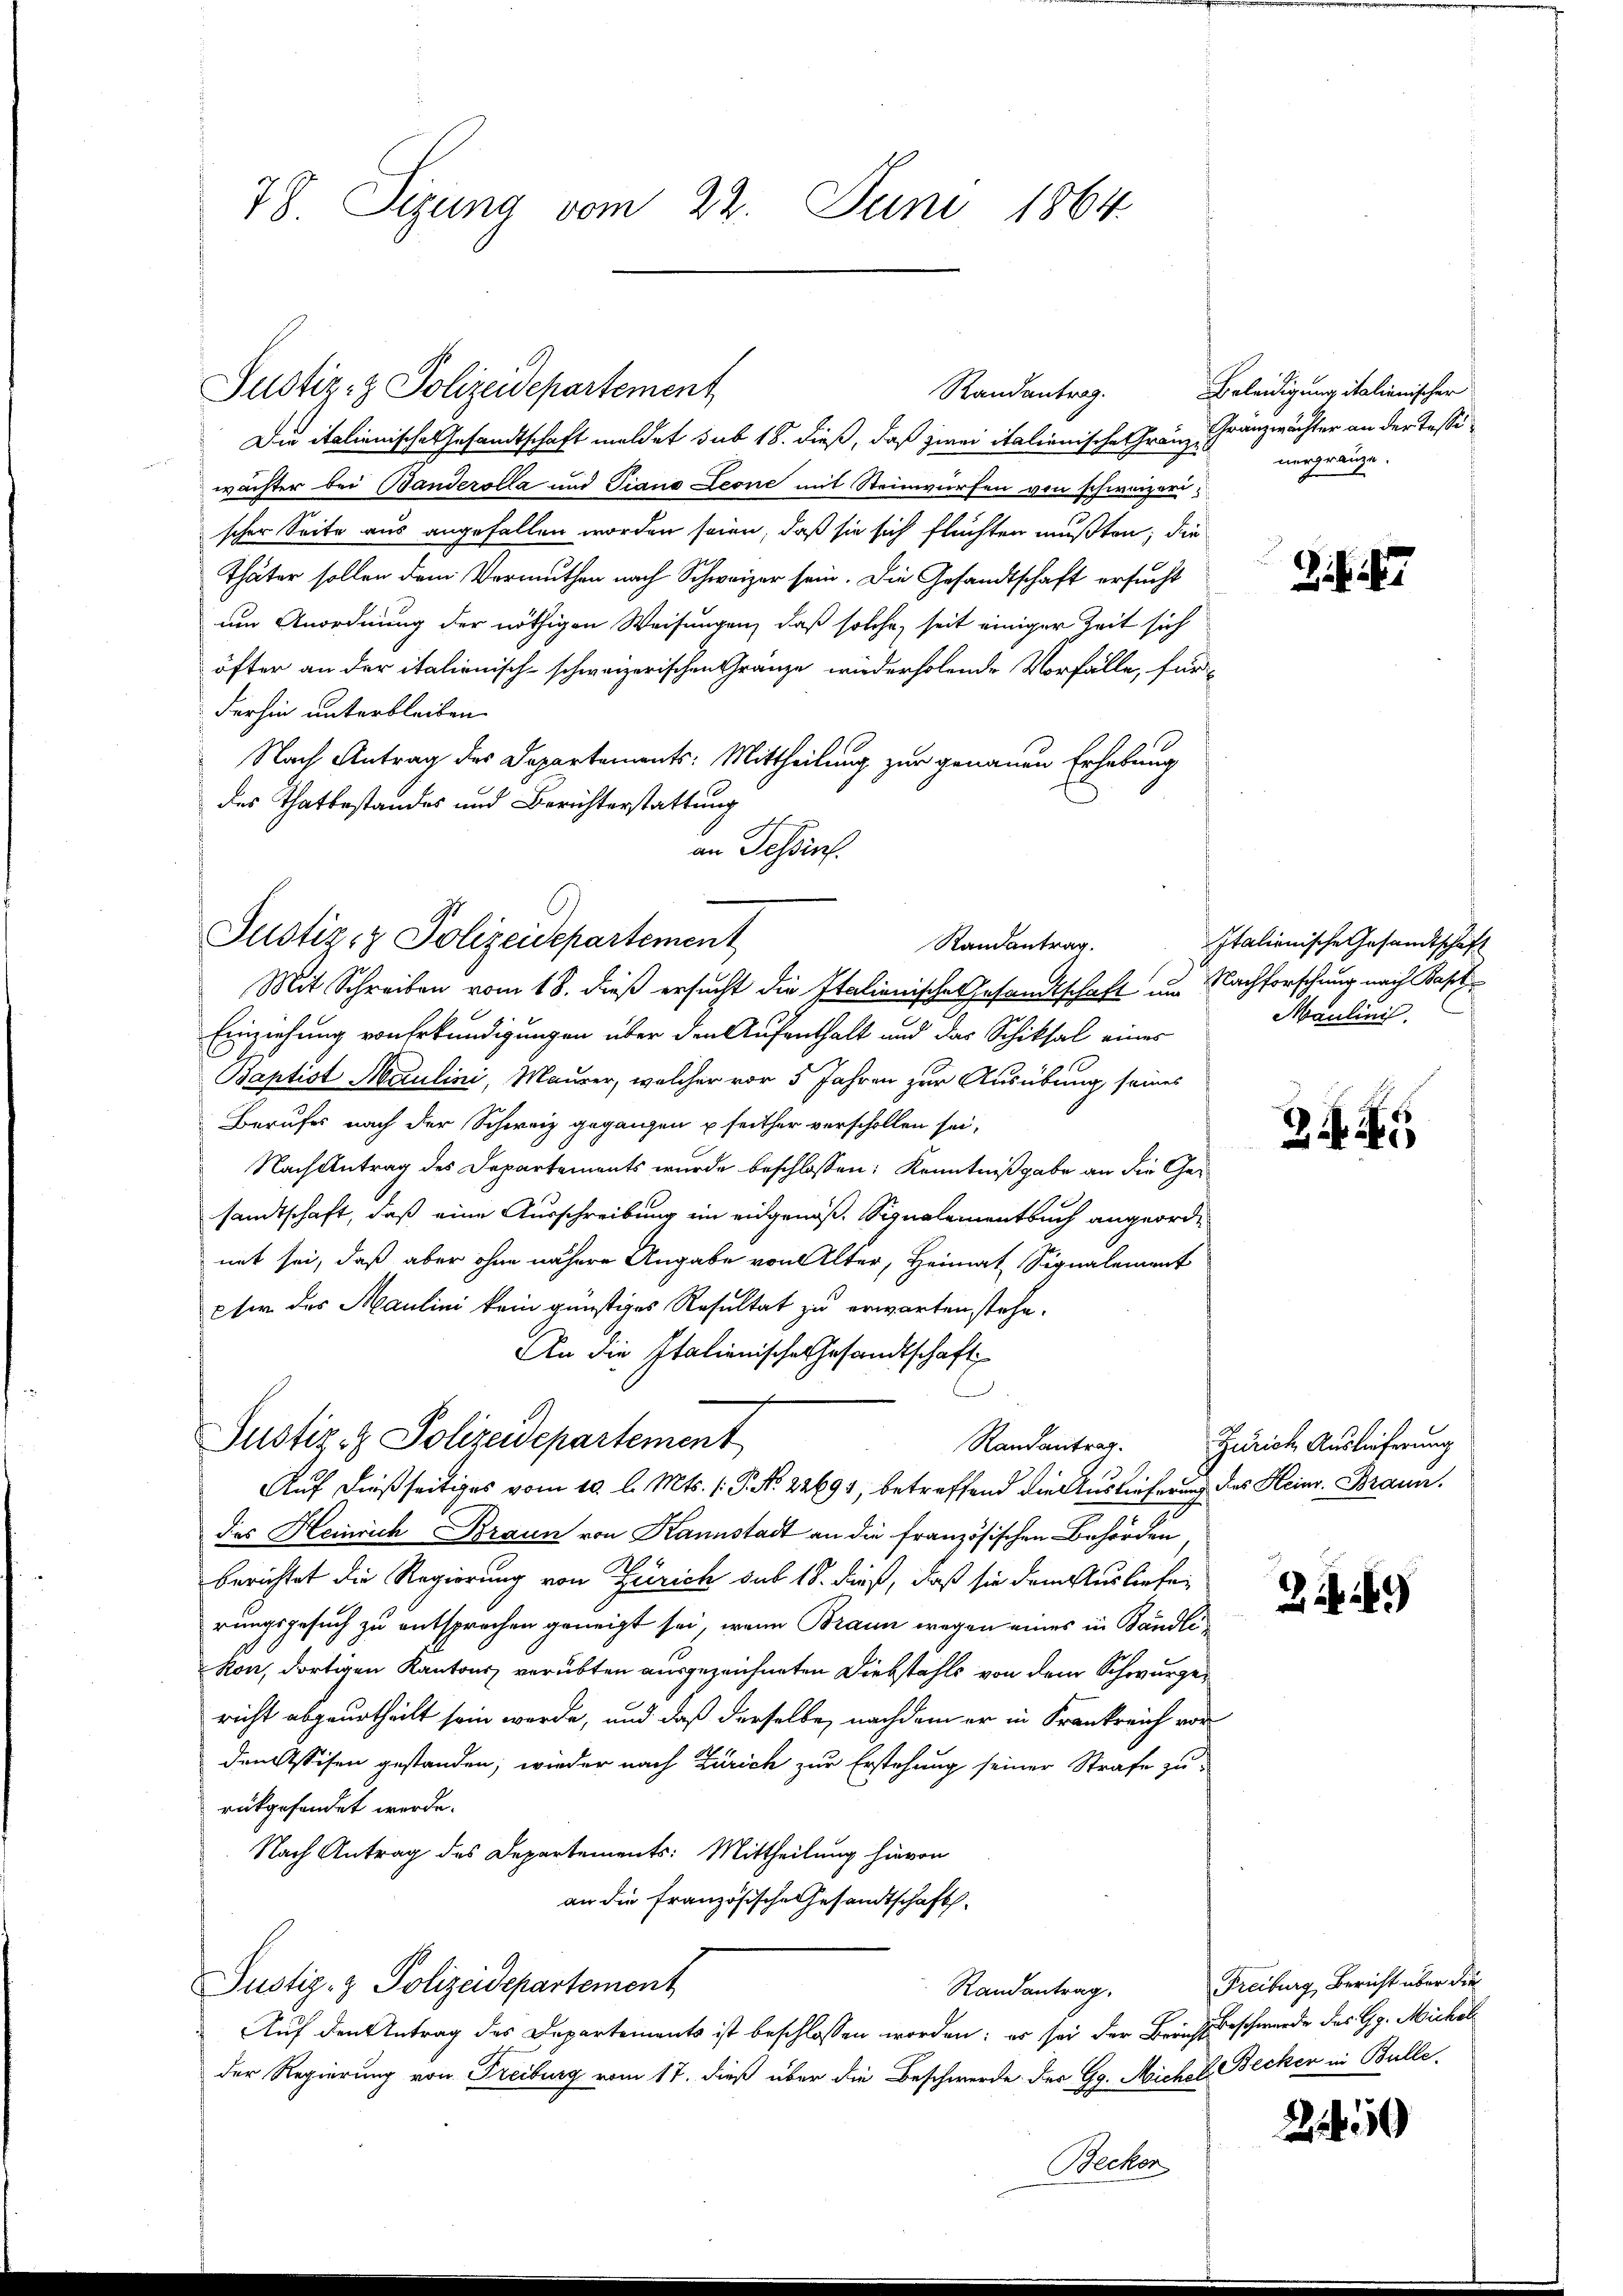
78. Sizung vom 22. Juni 1864

Die italienische Gesandtschaft meldet sub 18. dieß, daß zwei italionisches Fränzwächter bei Banderolla und Tians Leone mit Steinwürfen von schweizerischer Seite aus angefallen worden seien, daß sie sich flüchten mußten; die
Thäter sollen dem Vermuthen nach Schweizer sein. Die Gesandtschaft ersucht
um Anordnung der nöthigen Weisungen, daß solche, seit einiger Zeit sich
öfter an der italienisch-schweizerischen Gränze wiederholende Vorfälle, für-
derhin unterbleiben.
Nach Antrag des Departements: Mittheilung zur genauen Erhebung
des Thatbestandes und Berichterstattung
an Tessin.

Justiz- & Polizeidepartement

Justiz- & Polizeidepartement
Randantrag.

Justiz- & Polizeidepartement

Mit Schreiben vom 18. dieß ersucht die Italienische Gesandtschaft um Nachforschung nach Bapt
Einziehung von Erkundigungen über den Aufenthalt und das Schiksal eines
Baptist Maulini, Maurer, welcher vor 5 Jahren zur Ausübung seines
Berufes nach der Schweiz gegangen u seither verschollen sei,
Nach Antrag des Departements wurde beschlossen: Kenntnißgabe an die Gesandtschaft, daß eine Ausschreibung im eidgenöß. Signalementbuch angeorde
net sei, daß aber ohne nähere Angabe von Alter, Heimat Signalement
pter das Maulini kein günstiges Resultat zu erwarten stehe.
An die Italienische Gesandtschaft
Randantrag.
Auf dießseitiges vom 10. l. Mts. 1. P. No. 22694, betreffend die Auslieferung des Heinr. Braun.
das Heinrich Braun von Kannstadt an die französischen Behörden
berichtet die Regierung von Zürich sub 18. dieß, daß sie dem Ausliefe
rungsgesuch zu entsprochen geneigt sei, wenn Braun wegen eines in Bändlikon, dortigen Kantons verübten ausgezeichneten Diebstahls von dem Schwurgericht abgeurtheilt sein werde, und daß derselbe, nachdem er in Frankreich vor
den Assisen gestanden, wieder nach Zürich zur Erstehung seiner Strafe zu-
rükgesendet werde.
Nach Antrag des Departements: Mittheilung hievon
an die französische Gesandtschafts-
Justiz- & Polizeidepartement
Randantrag,
Auf den Antrag des Departements ist beschlossen worden; es sei der Bericht Beschwerde des Gg. Michal
der Regierung von Freiburg vom 17. dieß über die Beschwerde der Gg. Mich. E. Becken in Bulle
Becker

Randantrag.

Beleidigung italienischer
Gränzwächter an der Tessi
nergränze.

Italienische Gesandtschaft
Maulinis

Z

Zürich Auslieferung

2. 49

Freiburg, Bericht über die

29